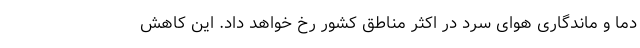
دما و ماندگاری هوای سرد در اکثر مناطق کشور رخ خواهد داد. این کاهش